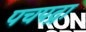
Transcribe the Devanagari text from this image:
पचपद्रा